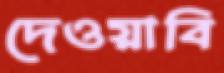
দেওয়াবি